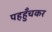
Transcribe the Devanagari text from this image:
पहहुँचकर